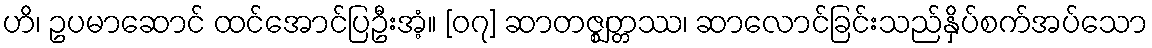
ဟိ၊ ဥပမာဆောင် ထင်အောင်ပြဦးအံ့။ [၀၇] ဆာတဇ္ဈတ္တဿ၊ ဆာလောင်ခြင်းသည်နှိပ်စက်အပ်သော